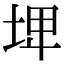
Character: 𡌨